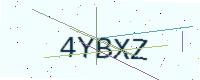
Text: 4YBXZ